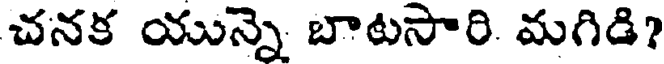
చనక యున్నె బాటసారి. మగిడి?